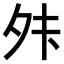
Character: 𫝣